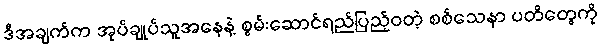
ဒီအချက်က အုပ်ချုပ်သူအနေနဲ့ စွမ်းဆောင်ရည်ပြည့်ဝတဲ့ စစ်သေနာ ပတိတွေကို